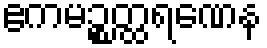
ဧကမဉ္စတ္ထရဏေန